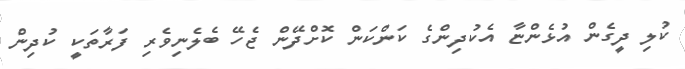
ކުލި ދީގެން އުޅެންޏާ އެކުދިންގެ ކަންކަން ކޮށްދޭން ޖެހޭ ބެލެނިވެރި ފަރާތަކީ ކުދިން